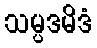
သမ္ပဒမိဒံ